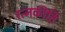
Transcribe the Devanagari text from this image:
रत्‍नकीर्ति